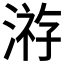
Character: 𱨈